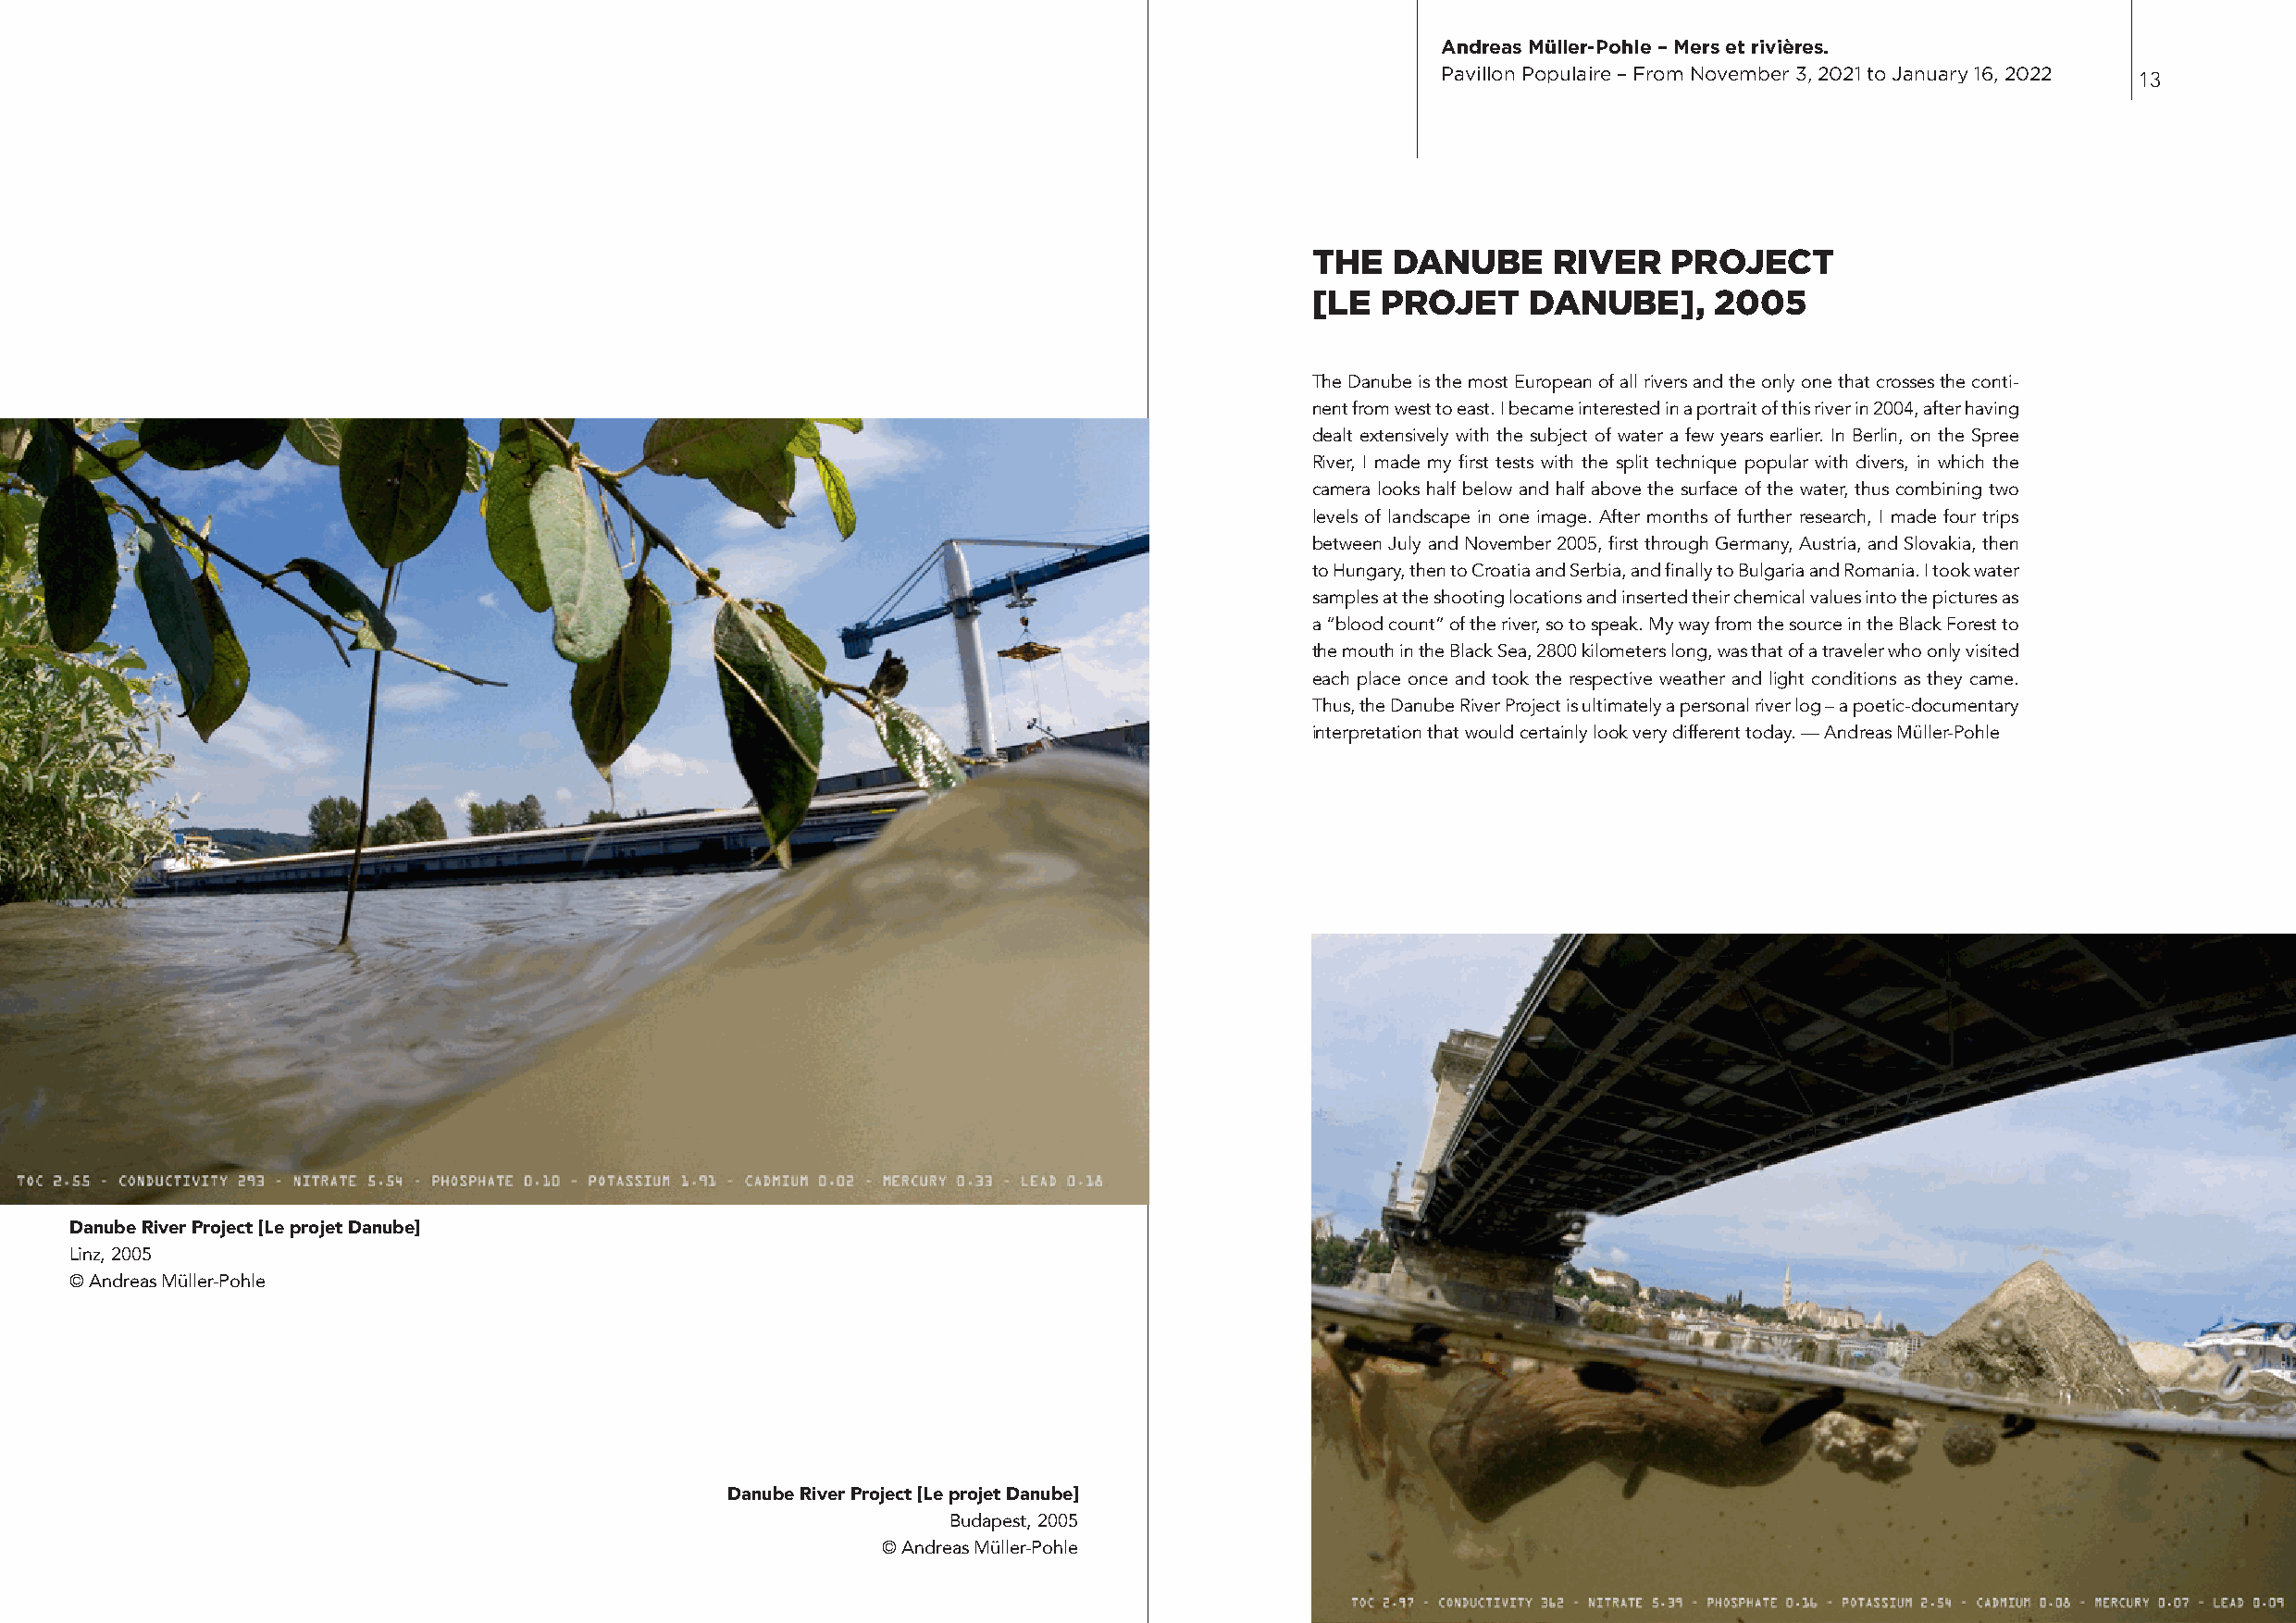
Andreas Müller-Pohle – Mers et rivières.
 Pavillon Populaire – From November 3, 2021 to January 16, 2022 13
 tHE   dAnUBE     RiVER    PROJECt
 [LE  PROJEt    dAnUBE],      2005
 The Danube is the most European of all rivers and the only one that crosses the conti-
 nent from west to east. I became interested in a portrait of this river in 2004, after having
 dealt extensively with the subject of water a few years earlier. In Berlin, on the Spree
 River, I made my first tests with the split technique popular with divers, in which the
 camera looks half below and half above the surface of the water, thus combining two
 levels of landscape in one image. After months of further research, I made four trips
 between July and November 2005, first through Germany, Austria, and Slovakia, then
 to Hungary, then to Croatia and Serbia, and finally to Bulgaria and Romania. I took water
 samples at the shooting locations and inserted their chemical values into the pictures as
 a “blood count” of the river, so to speak. My way from the source in the Black Forest to
 the mouth in the Black Sea, 2800 kilometers long, was that of a traveler who only visited
 each place once and took the respective weather and light conditions as they came.
 Thus, the Danube River Project is ultimately a personal river log – a poetic-documentary
 interpretation that would certainly look very different today. — Andreas Müller-Pohle
 Danube River Project [Le projet Danube]
 Linz, 2005
 © Andreas Müller-Pohle
 Danube River Project [Le projet Danube]
 Budapest, 2005
 © Andreas Müller-Pohle